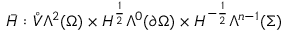
\bar { H } : \mathring { V } \Lambda ^ { 2 } ( \Omega ) \times H ^ { \frac { 1 } { 2 } } \Lambda ^ { 0 } ( \partial \Omega ) \times H ^ { - \frac { 1 } { 2 } } \Lambda ^ { n - 1 } ( \Sigma )